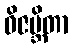
ဝိဇမ္ဘိတာ